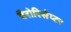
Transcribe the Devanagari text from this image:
बैरोरिसेप्टर